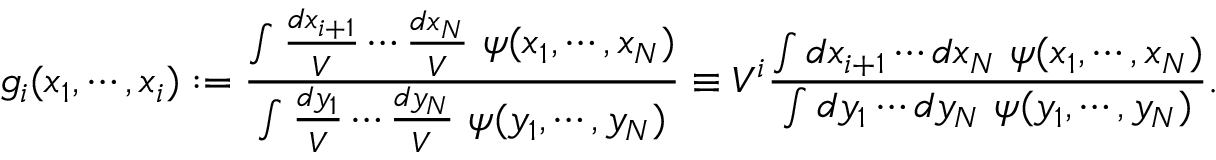
g _ { i } ( x _ { 1 } , \cdots , x _ { i } ) : = \frac { \int \frac { d x _ { i + 1 } } V \cdots \frac { d x _ { N } } V \ \psi ( x _ { 1 } , \cdots , x _ { N } ) } { \int \frac { d y _ { 1 } } V \cdots \frac { d y _ { N } } V \ \psi ( y _ { 1 } , \cdots , y _ { N } ) } \equiv V ^ { i } \frac { \int d x _ { i + 1 } \cdots d x _ { N } \ \psi ( x _ { 1 } , \cdots , x _ { N } ) } { \int d y _ { 1 } \cdots d y _ { N } \ \psi ( y _ { 1 } , \cdots , y _ { N } ) } .